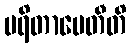
ပရိတာပေတီတိ